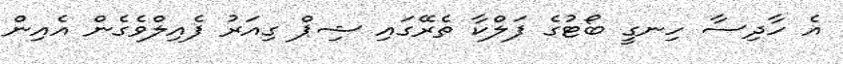
އެ ހާދިސާ ހިނގީ ބޯޓުގެ ފަލްކާ ތެރޭގައި ޝިޕް ގިއަރު ފެއިލްވެގެން އެއިން